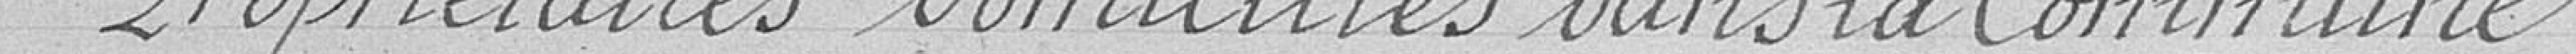
Propriétaire domiciliés dans la Commune